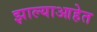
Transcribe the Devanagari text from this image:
झाल्याआहेत